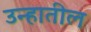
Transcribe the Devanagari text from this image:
उन्हातील